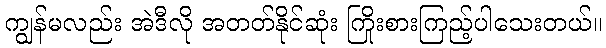
ကျွန်မလည်း အဲဒီလို အတတ်နိုင်ဆုံး ကြိုးစားကြည့်ပါသေးတယ်။